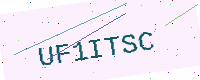
Text: UF1ITSC